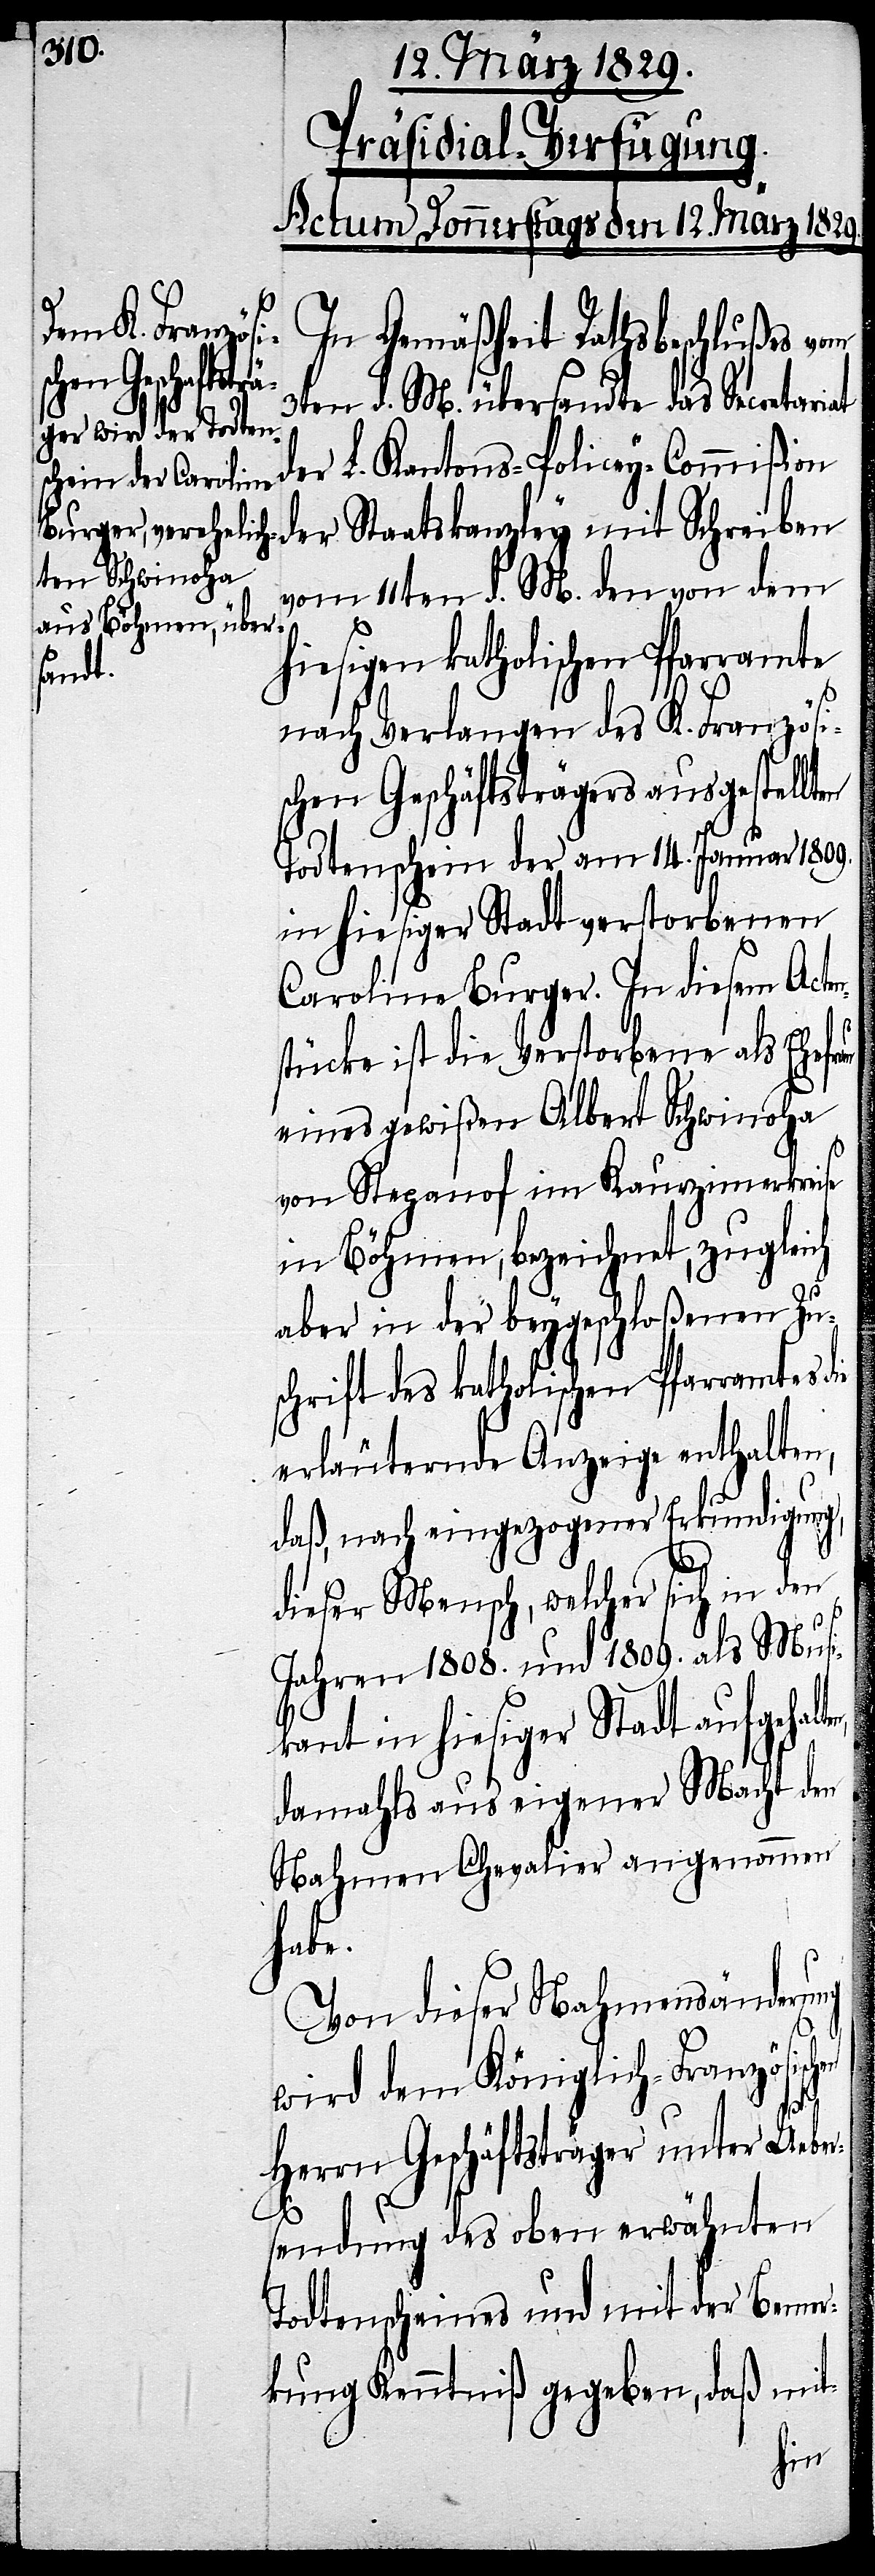
Präsidial-Verfügung.
Actum Donnerstags den 12. März 1829.
In Gemäßheit Rathsbeschlußes vom
3ten d. M. übersandte das Secretari¬
der L. Kantons-Policey-Commißion
der Staatskanzley mit Schreiben
vom 11ten d. M. den von dem
hiesigen katholischen Pfarramte
nach Verlangen des K. Französi¬
schen Geschäftsträgers ausgestellten
Todtenschein der am 14. Januar 1809.
in hiesiger Stadt verstorbenen
Carolina Burger. In diesem Acten¬
stücke ist die Verstorbene als Ehefr¬
eines gewißen Albert Schwinoha
von Stepanof im Kaurzimerkreise
in Böhmen, bezeichnet, zugleich
aber in der beygeschloßenen Zu¬
schrift des katholischen Pfarramtes
erläuternde Anzeige enthalten,
daß, nach eingezogener Erkundigung,
dieser Mensch, welcher sich in den
Jahren 1808. und 1809. als Musi¬
kant in hiesiger Stadt aufgehalt¬
damahls aus eigener Macht den
Nahmen Chevalier angenommen
habe.
Von dieser Nahmensänderung
wird dem Königlich-Französisc¬
en,
Herrn Geschäftsträger unter Ueber¬
sendung des oben erwähnten
Todtenscheines und mit der Bemer¬
kung Kenntniß gegeben, daß mit-
hen